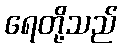
ရေတို့သည်